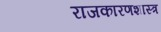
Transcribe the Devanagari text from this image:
राजकारणशास्त्र